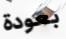
بعودة